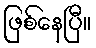
ဖြစ်နေပြီ။